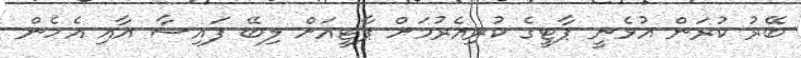
ބޭރު ކުރަން އުޅެނީ ޕާޓީގެ ކުރިއެރުމަށް ޕާޓީއަށް ލިބޭ ފައިސާ އާއި އެހެން